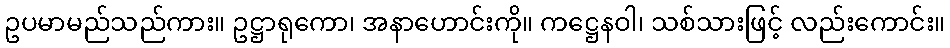
ဥပမာမည်သည်ကား။ ဥဋ္ဌာရုကော၊ အနာဟောင်းကို။ ကဋ္ဌေနဝါ၊ သစ်သားဖြင့် လည်းကောင်း။